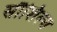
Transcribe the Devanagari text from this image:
सौशिल्य